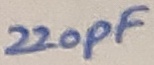
Text: 220pF